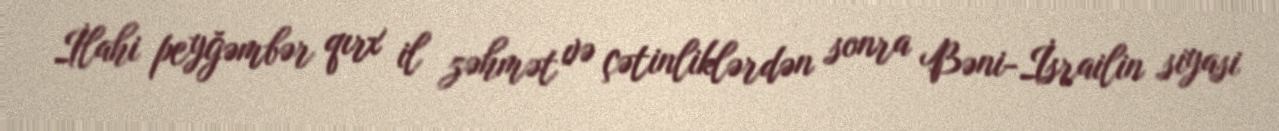
İlahi peyğəmbər qırx il zəhmət və çətinliklərdən sonra Bəni-İsrailin siyasi